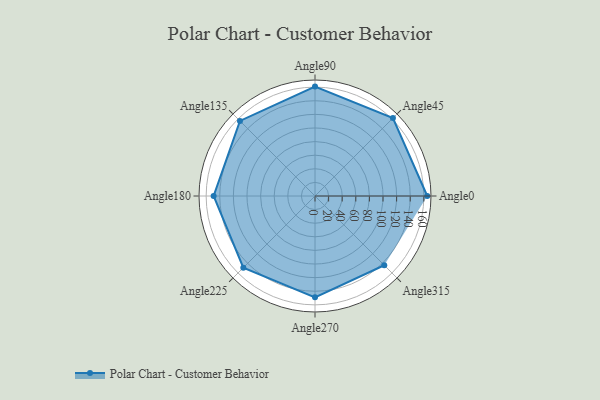
{"axis": {"x": "Angle", "y": "Radius"}, "legend": [""], "data": [{"x": "Angle0", "y": 165.0, "type": ""}, {"x": "Angle45", "y": 162.0, "type": ""}, {"x": "Angle90", "y": 161.0, "type": ""}, {"x": "Angle135", "y": 156.0, "type": ""}, {"x": "Angle180", "y": 149.0, "type": ""}, {"x": "Angle225", "y": 149.0, "type": ""}, {"x": "Angle270", "y": 149.0, "type": ""}, {"x": "Angle315", "y": 144.0, "type": ""}]}